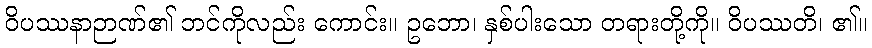
ဝိပဿနာဉာဏ်၏ ဘင်ကိုလည်း ကောင်း။ ဥဘော၊ နှစ်ပါးသော တရားတို့ကို။ ဝိပဿတိ၊ ၏။